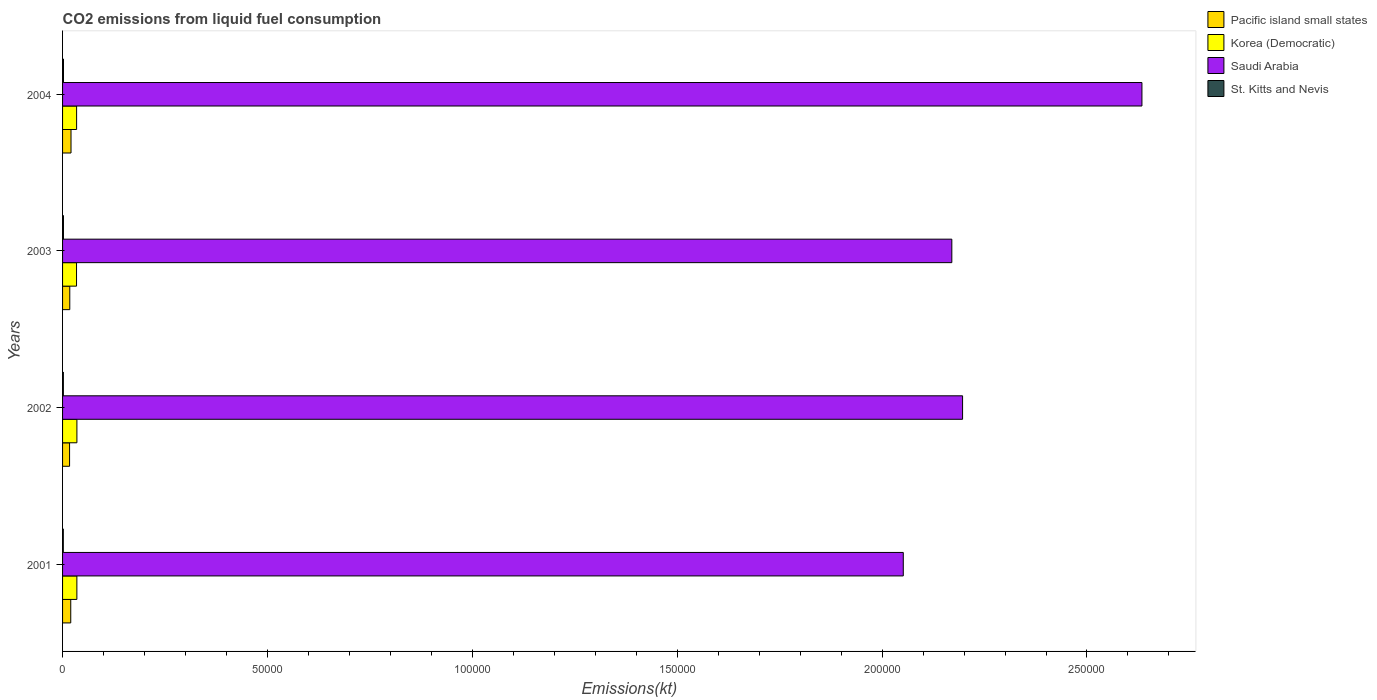
| Years | Pacific island small states | Korea (Democratic) | Saudi Arabia | St. Kitts and Nevis |
 | --- | --- | --- | --- | --- |
 | 2001 | 2e+03 | 3.49e+03 | 2.05e+05 | 183 |
 | 2002 | 1.71e+03 | 3.5e+03 | 2.2e+05 | 198 |
 | 2003 | 1.76e+03 | 3.41e+03 | 2.17e+05 | 220 |
 | 2004 | 2.06e+03 | 3.43e+03 | 2.63e+05 | 227 |